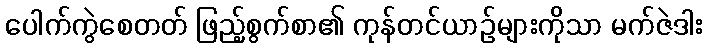
ပေါက်ကွဲစေတတ် ဖြည့်စွက်စာ၏ ကုန်တင်ယာဉ်များကိုသာ မက်ဇဲဒါး